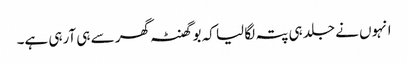
انہوں نے جلد ہی پتہ لگا لیا کہ بو گھنٹہ گھر سے ہی آرہی ہے۔